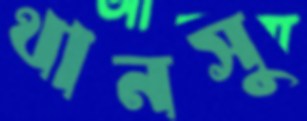
থানসু